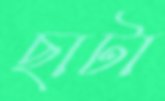
ছাটা